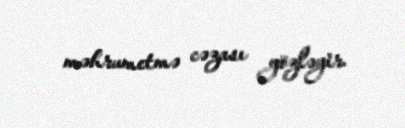
məhrumetmə cəzası gözləyir.